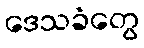
ဒေသခံတွေ